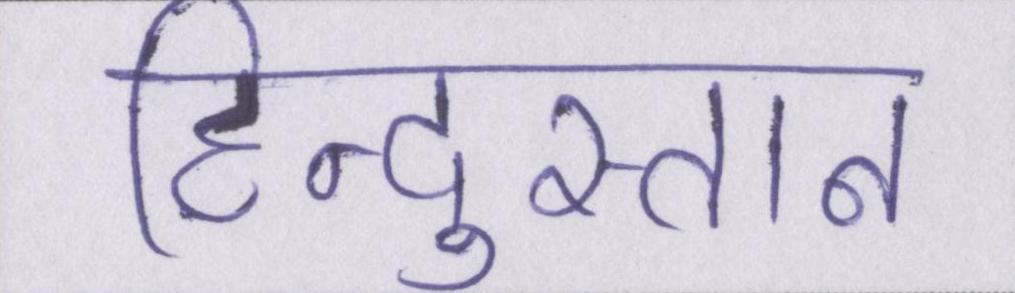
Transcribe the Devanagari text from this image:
हिन्दुस्तान